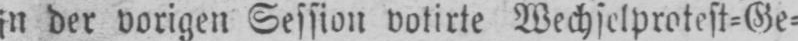
in der vorigen Session votirte Wechselprotest⸗Ge⸗